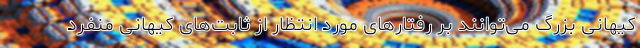
کیهانی بزرگ می‌توانند بر رفتارهای مورد انتظار از ثابت‌های کیهانی منفرد